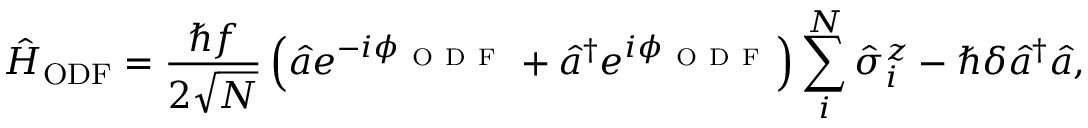
\hat { H } _ { \mathrm { O D F } } = \frac { \hbar f } { 2 \sqrt { N } } \left( \hat { a } e ^ { - i \phi _ { \mathrm { ~ O ~ D ~ F ~ } } } + \hat { a } ^ { \dagger } e ^ { i \phi _ { \mathrm { ~ O ~ D ~ F ~ } } } \right) \sum _ { i } ^ { N } \hat { \sigma } _ { i } ^ { z } - \hbar \delta \hat { a } ^ { \dagger } \hat { a } ,